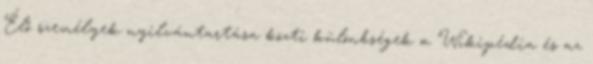
Élő személyek nyilvántartása közti különbségek a Wikipédia és az